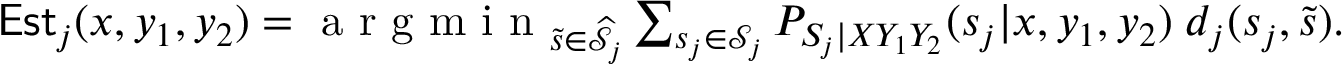
\begin{array} { r } { \mathsf { E s t } _ { j } ( x , y _ { 1 } , y _ { 2 } ) = \mathop { \textnormal { a r g m i n } } _ { \tilde { s } \in \widehat { \mathcal { S } } _ { j } } \sum _ { s _ { j } \in \mathcal { S } _ { j } } P _ { S _ { j } | X Y _ { 1 } Y _ { 2 } } ( s _ { j } | x , y _ { 1 } , y _ { 2 } ) \; d _ { j } ( s _ { j } , \tilde { s } ) . } \end{array}